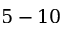
5 - 1 0